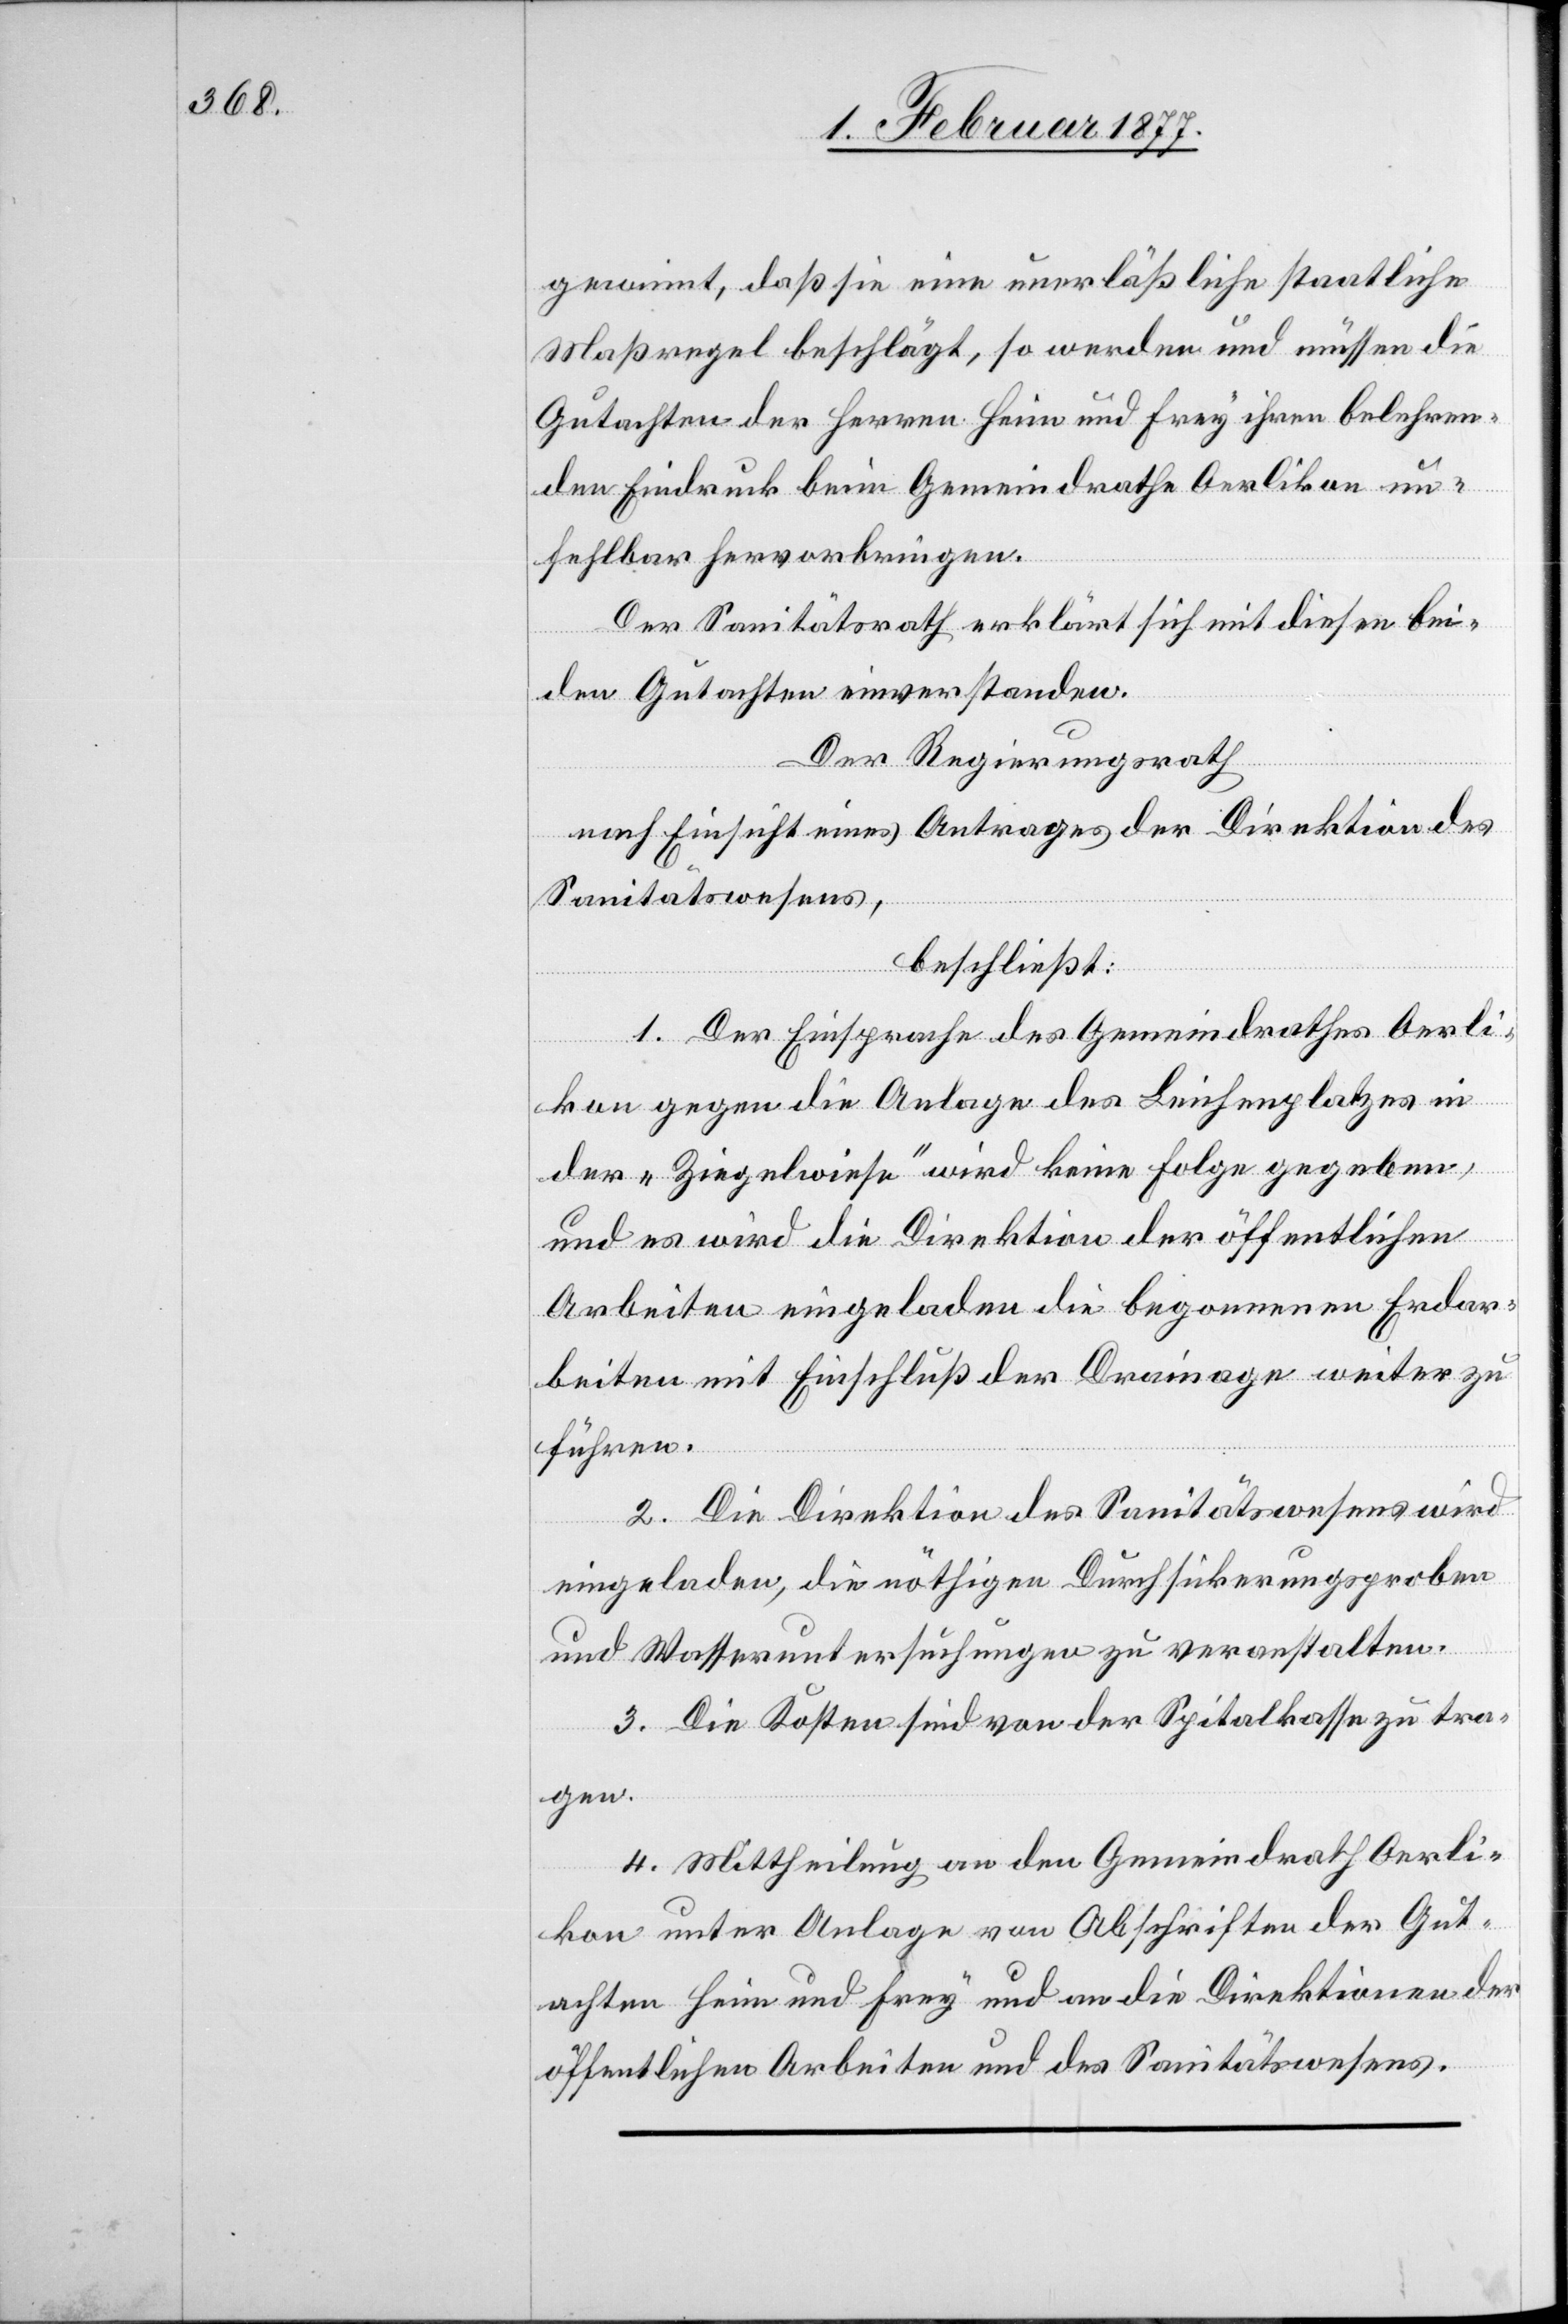
gewinnt, daß sie eine unerläßliche staatliche
Maßregel beschlägt, so werden und müssen die
Gutachten der Herren Heim und Frey [sic!] ihren belehren¬
den Eindruck beim Gemeindrathe Oerlikon un¬
fehlbar hervorbringen.
Der Sanitätsrath erklärt sich mit diesen bei¬
den Gutachten einverstanden.
Der Regierungsrath,
nach Einsicht eines Antrages der Direktion des
Sanitätswesens,
beschließt:
1. Der Einsprache des Gemeindrathes Oerli¬
kon gegen die Anlage des Leichenplatzes in
der „Ziegelwiese“ wird keine Folge gegeben,
und es wird die Direktion der öffentlichen
Arbeiten eingeladen die begonnenen Erdar¬
beiten mit Einschluß der Drainage weiter zu
führen.
2. Die Direktion des Sanitätswesens wird
eingeladen, die nöthigen Durchsickerungsproben
und Wasseruntersuchungen zu veranstalten.
3. Die Kosten sind von der Spitalkasse zu tra¬
gen.
4. Mittheilung an den Gemeindrath Oerli¬
kon unter Anlage von Abschriften der Gut¬
achten Heim und Frey und an die Direktionen der
öffentlichen Arbeiten und des Sanitätswesens.